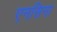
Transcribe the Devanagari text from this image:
एनसिना